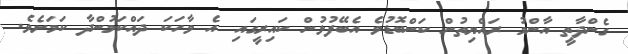
ގެންދާތީ އާންމު ރައްޔިތުން ކަންބޮޑުވެ އެބޭފުޅުން ކައިރީގައި އެ ވާހަކަ ދައްކަމުންދާ ކަމަށެވެ.